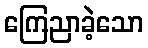
ကြေညာခဲ့သော